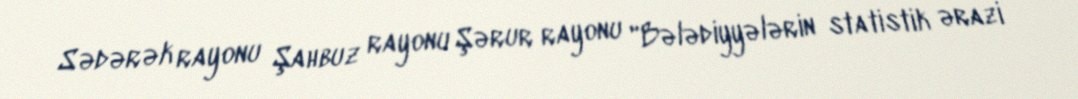
Sədərək rayonu Şahbuz rayonu Şərur rayonu "Bələdiyyələrin statistik ərazi